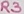
Text: R3